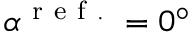
\alpha ^ { \mathrm { ~ r ~ e ~ f ~ . ~ } } = 0 ^ { \circ }